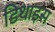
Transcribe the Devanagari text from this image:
डिथाइस